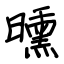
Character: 曛